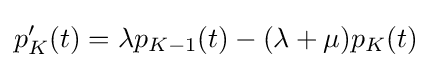
p_{K}^{\prime }(t)=\lambda p_{K-1}(t)-(\lambda +\mu )p_{K}(t)